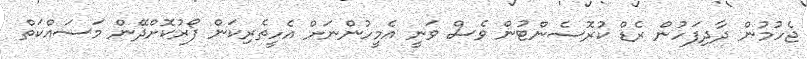
ޖެހުމުން ދާދިފަހުން ރެޑް ކުރޮސެންޓުން ވެސް ވަނީ އެމީހުންނަށް އެހީތެރިކަން ފޯރުކޮށްދޭން މަސައްކަތް